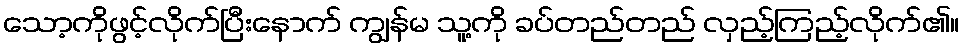
သော့ကိုဖွင့်လိုက်ပြီးနောက် ကျွန်မ သူ့ကို ခပ်တည်တည် လှည့်ကြည့်လိုက်၏။